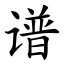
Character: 谱